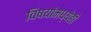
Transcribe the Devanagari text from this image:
विषयांमध्येही